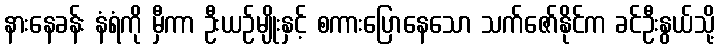
နားနေခန်း နံရံကို မှီကာ ဦးယဉ်မျိုးနှင့် စကားပြောနေသော သက်ဇော်နိုင်က ခင်ဦးနွယ်သို့